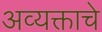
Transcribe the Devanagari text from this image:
अव्यक्ताचे